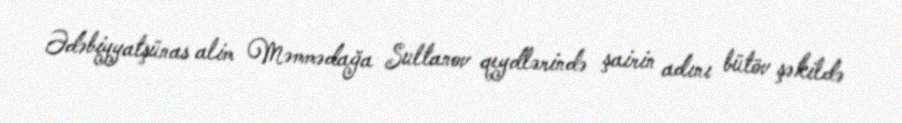
Ədəbiyyatşünas alim Məmmədağa Sultanov qeydlərində şairin adını bütöv şəkildə